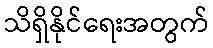
သိရှိနိုင်ရေးအတွက်